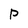
Character: p